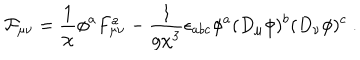
LaTeX: { \cal F } _ { \mu \nu } = \frac { 1 } { \chi } \phi ^ { a } F _ { \mu \nu } ^ { a } - \frac { 1 } { g \chi ^ { 3 } } \epsilon _ { a b c } \phi ^ { a } ( D _ { \mu } \phi ) ^ { b } ( D _ { \nu } \phi ) ^ { c } \ .